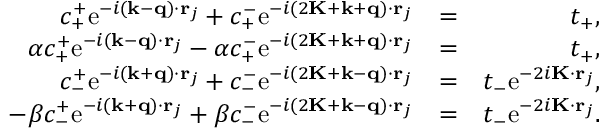
\begin{array} { r l r } { c _ { + } ^ { + } \mathrm { e } ^ { - i ( \mathbf { k } - \mathbf { q } ) \cdot \mathbf { r } _ { j } } + c _ { + } ^ { - } \mathrm { e } ^ { - i ( 2 \mathbf { K } + \mathbf { k } + \mathbf { q } ) \cdot \mathbf { r } _ { j } } } & { = } & { t _ { + } , } \\ { \alpha c _ { + } ^ { + } \mathrm { e } ^ { - i ( \mathbf { k } - \mathbf { q } ) \cdot \mathbf { r } _ { j } } - \alpha c _ { + } ^ { - } \mathrm { e } ^ { - i ( 2 \mathbf { K } + \mathbf { k } + \mathbf { q } ) \cdot \mathbf { r } _ { j } } } & { = } & { t _ { + } , } \\ { c _ { - } ^ { + } \mathrm { e } ^ { - i ( \mathbf { k } + \mathbf { q } ) \cdot \mathbf { r } _ { j } } + c _ { - } ^ { - } \mathrm { e } ^ { - i ( 2 \mathbf { K } + \mathbf { k } - \mathbf { q } ) \cdot \mathbf { r } _ { j } } } & { = } & { t _ { - } \mathrm { e } ^ { - 2 i \mathbf { K } \cdot \mathbf { r } _ { j } } , } \\ { - \beta c _ { - } ^ { + } \mathrm { e } ^ { - i ( \mathbf { k } + \mathbf { q } ) \cdot \mathbf { r } _ { j } } + \beta c _ { - } ^ { - } \mathrm { e } ^ { - i ( 2 \mathbf { K } + \mathbf { k } - \mathbf { q } ) \cdot \mathbf { r } _ { j } } } & { = } & { t _ { - } \mathrm { e } ^ { - 2 i \mathbf { K } \cdot \mathbf { r } _ { j } } . } \end{array}